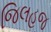
જિલહજ